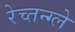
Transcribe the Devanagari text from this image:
रेच्तन्ग्ले